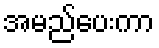
အမည်ပေးကာ